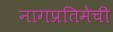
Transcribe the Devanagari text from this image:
नागप्रतिमेची